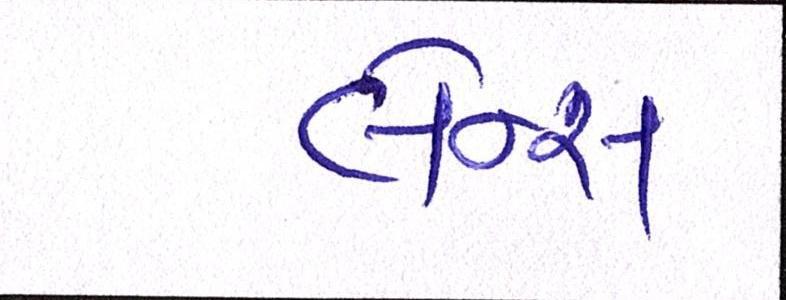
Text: લેન્સ